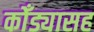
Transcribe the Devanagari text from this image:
कोँड्यासह